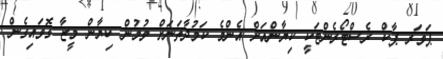
ޕަވަރ ޕާކް ރެސްޓޯރެންޓަކީ ކިޔާންއަށް އެންމެ ކަމުދާތަނަށް ވުމުން ކިޔާން މީޒާ ގޮވައިގެން